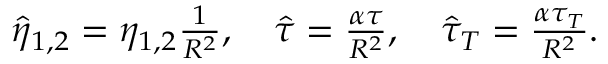
\begin{array} { r } { \hat { \eta } _ { 1 , 2 } = \eta _ { 1 , 2 } \frac { 1 } { R ^ { 2 } } , \quad \hat { \tau } = \frac { \alpha \tau } { R ^ { 2 } } , \quad \hat { \tau } _ { T } = \frac { \alpha \tau _ { T } } { R ^ { 2 } } . } \end{array}